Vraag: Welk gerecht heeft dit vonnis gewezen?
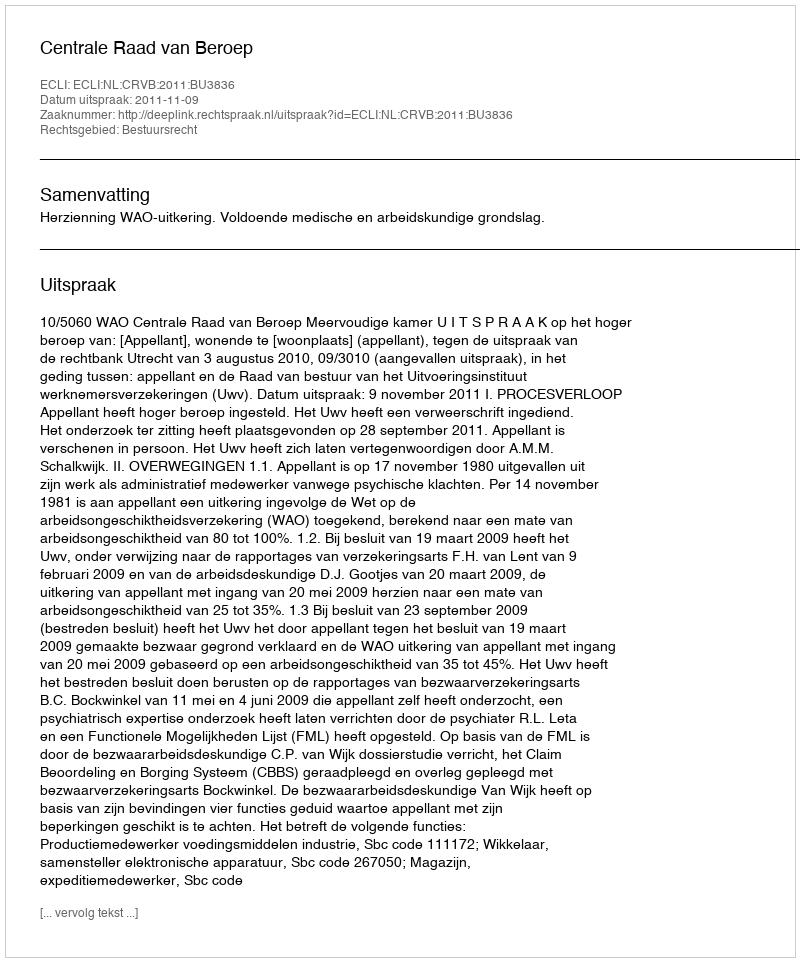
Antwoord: Centrale Raad van Beroep